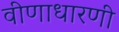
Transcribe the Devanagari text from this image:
वीणाधारणी